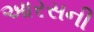
આરસની